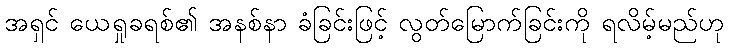
အရှင် ယေရှုခရစ်၏ အနစ်နာ ခံခြင်းဖြင့် လွတ်မြောက်ခြင်းကို ရလိမ့်မည်ဟု